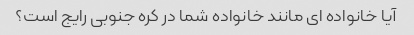
آیا خانواده ای مانند خانواده شما در کره جنوبی رایج است؟